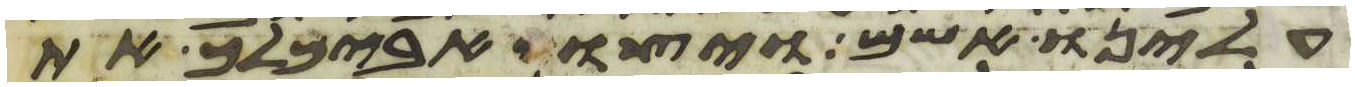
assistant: עלינו אשם ויצו אבימלך את